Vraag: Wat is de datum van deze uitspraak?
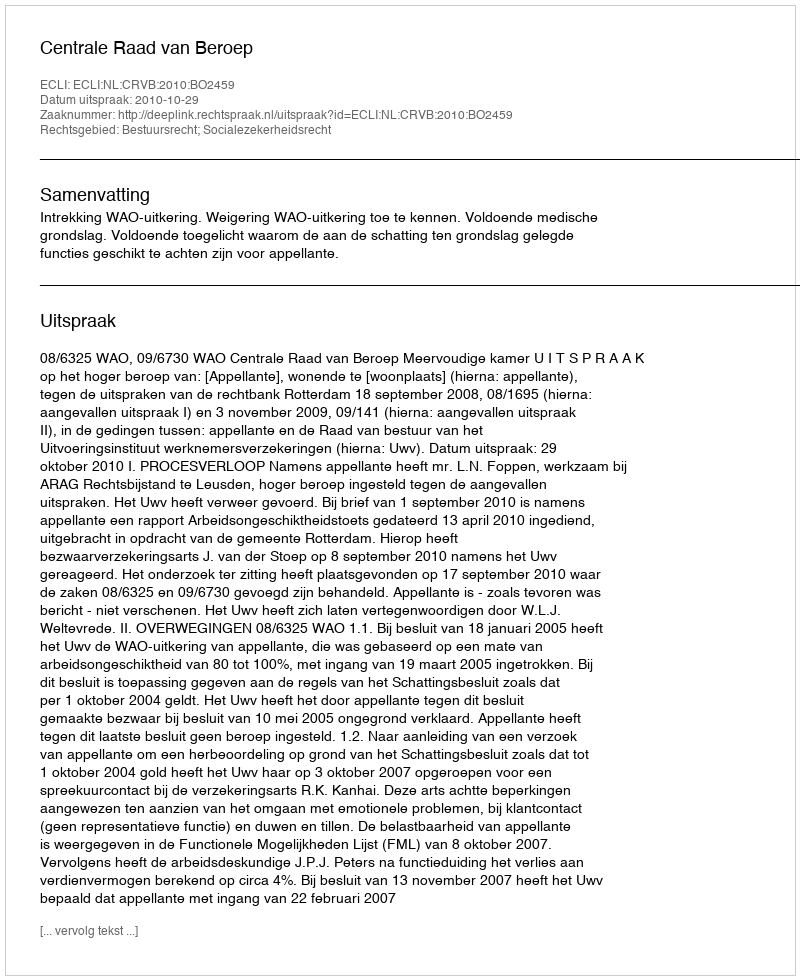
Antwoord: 2010-10-29